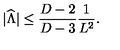
| { \widehat \Lambda } | \leq { \frac { D - 2 } { D - 3 } } { \frac { 1 } { L ^ { 2 } } } .